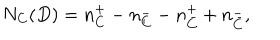
N _ { C } ( D ) = n _ { C } ^ { + } - n _ { C } ^ { - } - n _ { \bar { C } } ^ { + } + n _ { \bar { C } } ^ { - } ,